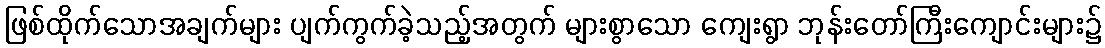
ဖြစ်ထိုက်သောအချက်များ ပျက်ကွက်ခဲ့သည့်အတွက် များစွာသော ကျေးရွာ ဘုန်းတော်ကြီးကျောင်းများ၌